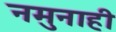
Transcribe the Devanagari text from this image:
नमुनाही